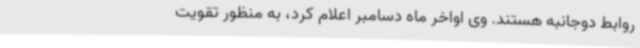
روابط دوجانبه هستند. وی اواخر ماه دسامبر اعلام کرد، به منظور تقویت